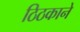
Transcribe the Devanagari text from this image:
ठिठकाने